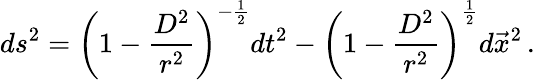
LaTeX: ds^{2}=\left(1-\frac{D^{2}}{r^{2}}\right)^{-\frac{1}{2}}dt^{2}-\left(1-\frac{D^{2}}{r^{2}}\right)^{\frac{1}{2}}d\vec{x}^{2}\, .